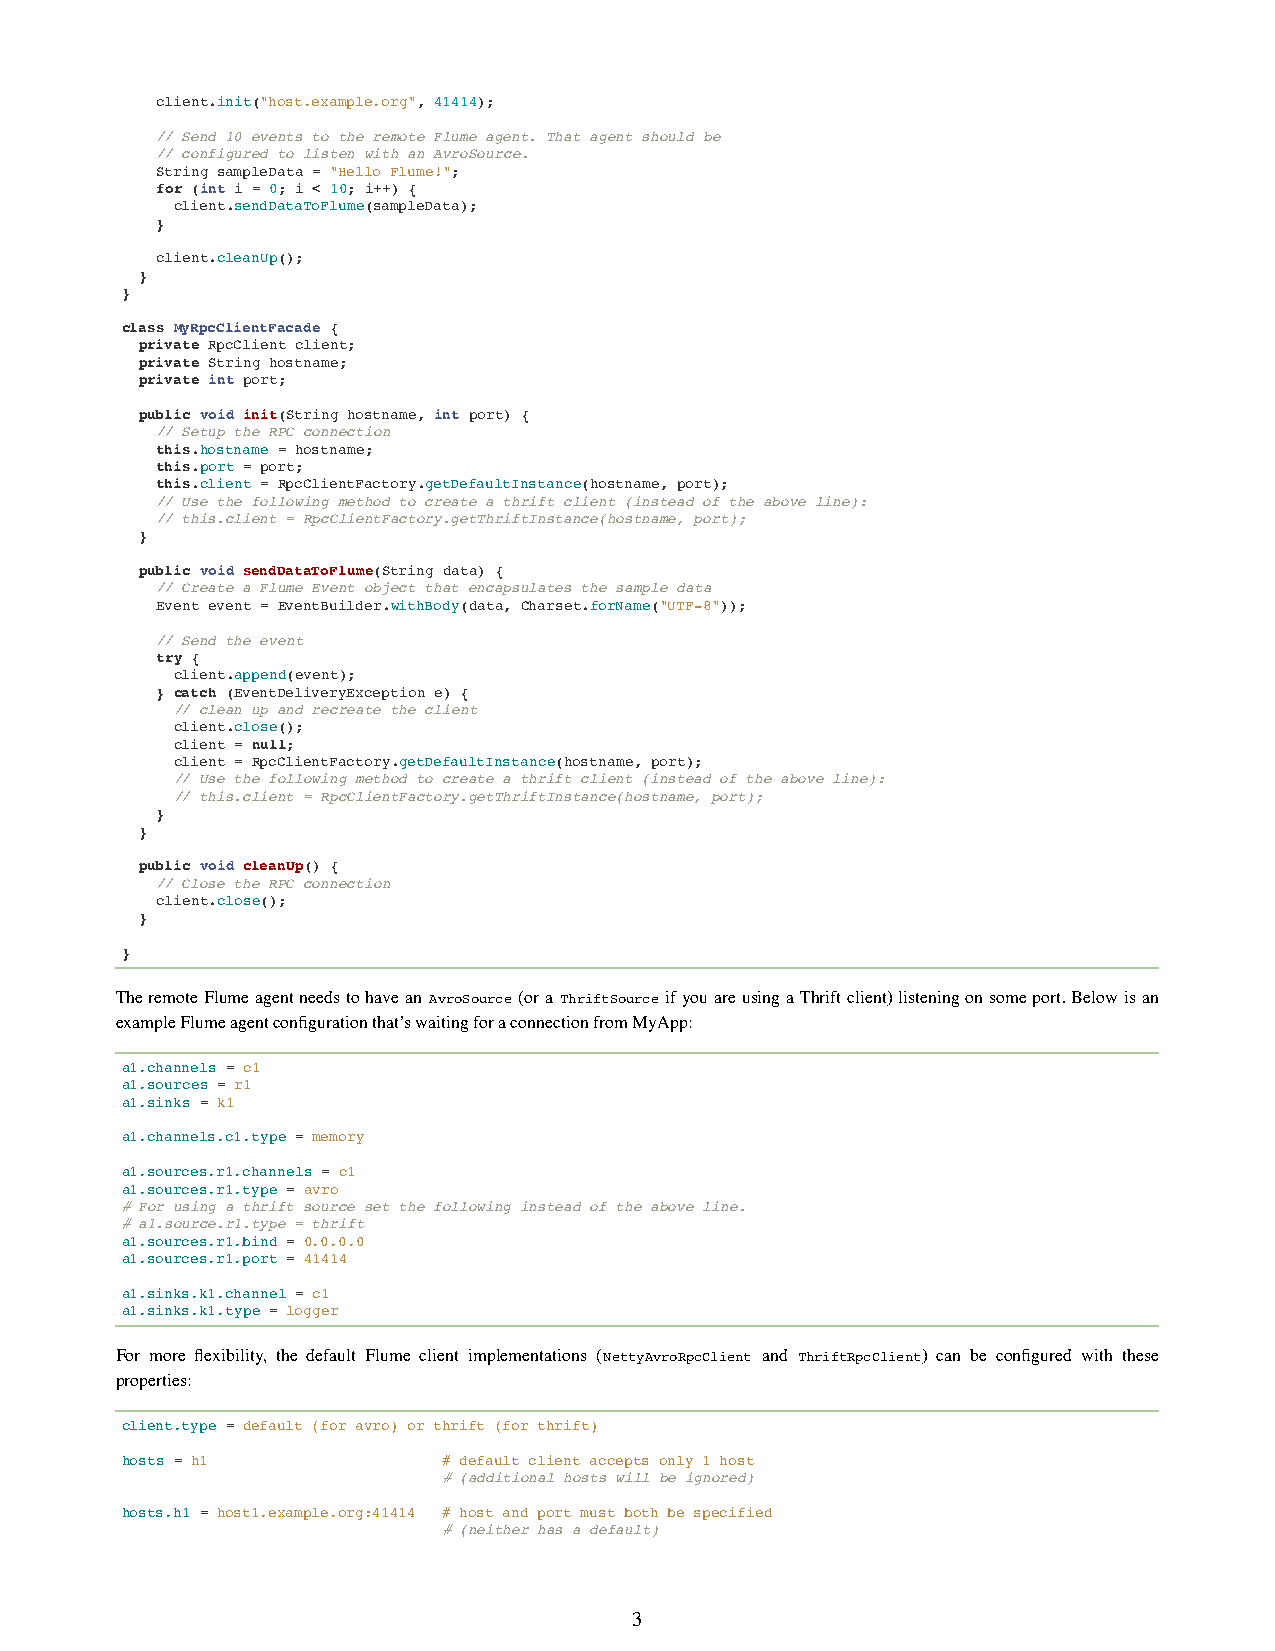
client.init("host.example.org", 41414);
 // Send 10 events to the remote Flume agent. That agent should be
 // configured to listen with an AvroSource.
 String sampleData = "Hello Flume!";
 for (int i = 0; i < 10; i++) {
 client.sendDataToFlume(sampleData);
 }
 client.cleanUp();
 }
 }
 class MyRpcClientFacade {
 private RpcClient client;
 private String hostname;
 private int port;
 public void init(String hostname, int port) {
 // Setup the RPC connection
 this.hostname = hostname;
 this.port = port;
 this.client = RpcClientFactory.getDefaultInstance(hostname, port);
 // Use the following method to create a thrift client (instead of the above line):
 // this.client = RpcClientFactory.getThriftInstance(hostname, port);
 }
 public void sendDataToFlume(String data) {
 // Create a Flume Event object that encapsulates the sample data
 Event event = EventBuilder.withBody(data, Charset.forName("UTF-8"));
 // Send the event
 try {
 client.append(event);
 } catch (EventDeliveryException e) {
 // clean up and recreate the client
 client.close();
 client = null;
 client = RpcClientFactory.getDefaultInstance(hostname, port);
 // Use the following method to create a thrift client (instead of the above line):
 // this.client = RpcClientFactory.getThriftInstance(hostname, port);
 }
 }
 public void cleanUp() {
 // Close the RPC connection
 client.close();
 }
 }
 The remote Flume agent needs to have an AvroSource (or a ThriftSource if you are using a Thrift client) listening on some port. Below is an
 example Flume agent configuration that’s waiting for a connection from MyApp:
 a1.channels = c1
 a1.sources = r1
 a1.sinks = k1
 a1.channels.c1.type = memory
 a1.sources.r1.channels = c1
 a1.sources.r1.type = avro
 # For using a thrift source set the following instead of the above line.
 # a1.source.r1.type = thrift
 a1.sources.r1.bind = 0.0.0.0
 a1.sources.r1.port = 41414
 a1.sinks.k1.channel = c1
 a1.sinks.k1.type = logger
 For more flexibility, the default Flume client implementations (NettyAvroRpcClient and ThriftRpcClient) can be configured with these
 properties:
 client.type = default (for avro) or thrift (for thrift)
 hosts = h1           # default client accepts only 1 host
 # (additional hosts will be ignored)
 hosts.h1 = host1.example.org:41414 # host and port must both be specified
 # (neither has a default)
 3